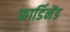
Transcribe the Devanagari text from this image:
फार्डिनेंड